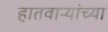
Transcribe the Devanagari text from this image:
हातवाऱ्यांच्या